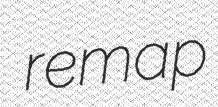
remap